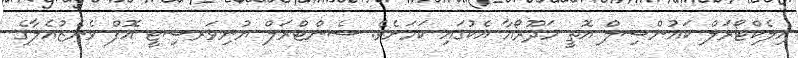
އިލެކްޓޯރަލް ކައުންސިލް އޮތީ މަދޫރޯއާ އެކުގައި ކަމަށެވެ. ސެންޓްރަލް ޔުނިވަރސިޓީ އޮފް ވެނެޒުއެލާގެ